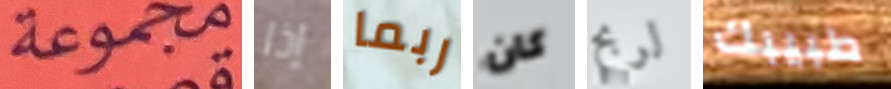
مجموعة إذا ربما كان لربح طبيبك